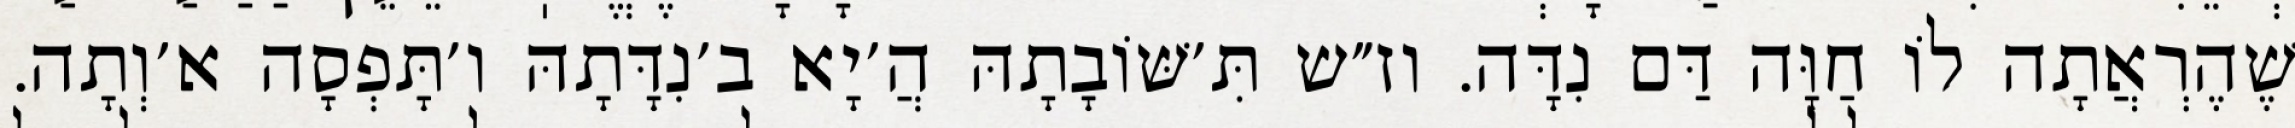
שֶׁהֶרְאֲתָה לוֹ חַוָּה דַּם נִדָּה. וז״ש תִּ׳שּׁוֹבָתָהּ הֲ׳יָא ב׳נִדָּתָהּ ו׳תָּפְסָה א׳וְתָה.